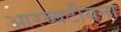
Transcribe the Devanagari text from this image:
आरब्बटीयना